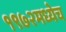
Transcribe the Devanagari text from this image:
१९७२मध्येच